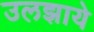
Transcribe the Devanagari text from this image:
उलझाये